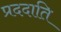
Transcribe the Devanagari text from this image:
प्रददाति